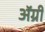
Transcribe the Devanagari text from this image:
ॲग्री